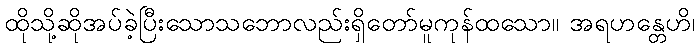
ထိုသို့ဆိုအပ်ခဲ့ပြီးသောသဘောလည်းရှိတော်မူကုန်ထသော။ အရဟန္တေဟိ၊